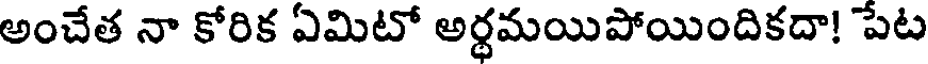
అంచేత నా కోరిక ఏమిటో అర్థమయిపోయిందికదా! పేట